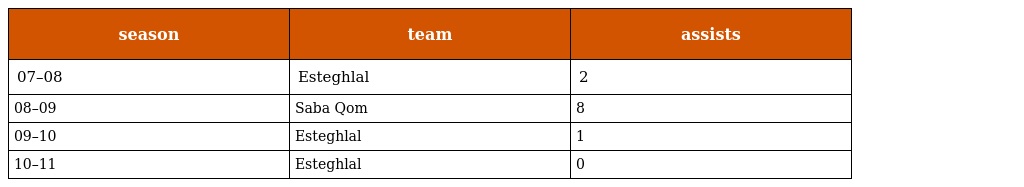
| season | team | assists |
 | --- | --- | --- |
 | 07–08 | Esteghlal | 2 |
 | 08–09 | Saba Qom | 8 |
 | 09–10 | Esteghlal | 1 |
 | 10–11 | Esteghlal | 0 |